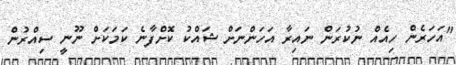
"އަހަރެން ހިއެއް ނުކުރަން ނައިރާ އަހަންނަށް ޝައްކު ކޮށްފާނެ ކަމަކަށް ނޫނީ ސިއްރުން